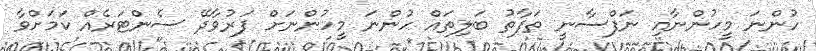
ހުންނަ މީހުންނާއި ނަފްސާނީ ތަފާތު ބަލިތައް ހުންނަ މީހުންނަށް ފަރުވާދޭ ސެންޓަރެއް ކަމަށްވާ